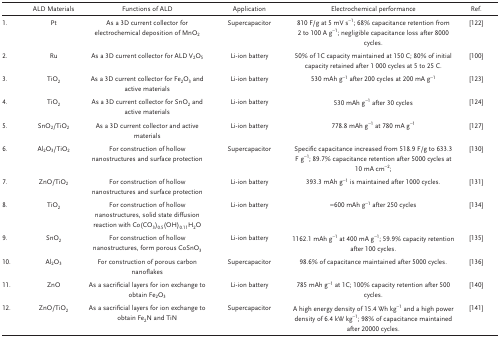
<table><thead><tr><td></td><td><b>ALD Materials</b></td><td><b>Functions of ALD</b></td><td><b>Application</b></td><td><b>Electrochemical performance</b></td><td><b>Ref.</b></td></tr></thead><tbody><tr><td>1.</td><td>Pt</td><td>As a 3D current collector for electrochemical deposition of MnO<sub>2</sub></td><td>Supercapacitor</td><td>810 F/g at 5 mV s<sup>−1</sup>; 68% capacitance retention from 2 to 100 A g<sup>−1</sup>; negligible capacitance loss after 8000 cycles.</td><td>122</td></tr><tr><td>2.</td><td>Ru</td><td>As a 3D current collector for ALD V<sub>2</sub>O<sub>5</sub></td><td>Li‐ion battery</td><td>50% of 1C capacity maintained at 150 C; 80% of initial capacity retained after 1 000 cycles at 5 to 25 C.</td><td>100</td></tr><tr><td>3.</td><td>TiO<sub>2</sub></td><td>As a 3D current collector for Fe<sub>2</sub>O<sub>3</sub> and active materials</td><td>Li‐ion battery</td><td>530 mAh g<sup>−1</sup> after 200 cycles at 200 mA g<sup>−1</sup></td><td>123</td></tr><tr><td>4.</td><td>TiO<sub>2</sub></td><td>As a 3D current collector for SnO<sub>2</sub> and active materials</td><td>Li‐ion battery</td><td>530 mAh g<sup>−1</sup> after 30 cycles</td><td>124</td></tr><tr><td>5.</td><td>SnO<sub>2</sub>/TiO<sub>2</sub></td><td>As a 3D current collector and active materials</td><td>Li‐ion battery</td><td>778.8 mAh g<sup>−1</sup> at 780 mA g<sup>−1</sup></td><td>127</td></tr><tr><td>6.</td><td>Al<sub>2</sub>O<sub>3</sub>/TiO<sub>2</sub></td><td>For construction of hollow nanostructures and surface protection</td><td>Supercapacitor</td><td>Specific capacitance increased from 518.9 F/g to 633.3 F g<sup>−1</sup>; 89.7% capacitance retention after 5000 cycles at 10 mA cm<sup>−2</sup>;</td><td>130</td></tr><tr><td>7.</td><td>ZnO/TiO<sub>2</sub></td><td>For construction of hollow nanostructures and surface protection</td><td>Li‐ion battery</td><td>393.3 mAh g<sup>−1</sup> is maintained after 1000 cycles.</td><td>131</td></tr><tr><td>8.</td><td>TiO<sub>2</sub></td><td>For construction of hollow nanostructures, solid state diffusion reaction with Co(CO<sub>3</sub>)<sub>0.5</sub>(OH)<sub>0.11</sub>H<sub>2</sub>O</td><td>Li‐ion battery</td><td>≈600 mAh g<sup>−1</sup> after 250 cycles</td><td>134</td></tr><tr><td>9.</td><td>SnO<sub>2</sub></td><td>For construction of hollow nanostructures, form porous CoSnO<sub>3</sub></td><td>Li‐ion battery</td><td>1162.1 mAh g<sup>−1</sup> at 400 mA g<sup>−1</sup>; 59.9% capacity retention after 100 cycles.</td><td>135</td></tr><tr><td>10.</td><td>Al<sub>2</sub>O<sub>3</sub></td><td>For construction of porous carbon nanoflakes</td><td>Supercapacitor</td><td>98.6% of capacitance maintained after 5000 cycles.</td><td>136</td></tr><tr><td>11.</td><td>ZnO</td><td>As a sacrificial layers for ion exchange to obtain Fe<sub>2</sub>O<sub>3</sub></td><td>Li‐ion battery</td><td>785 mAh g<sup>−1</sup> at 1C; 100% capacity retention after 500 cycles.</td><td>140</td></tr><tr><td>12.</td><td>ZnO/TiO<sub>2</sub></td><td>As a sacrificial layers for ion exchange to obtain Fe<sub>2</sub>N and TiN</td><td>Supercapacitor</td><td>A high energy density of 15.4 Wh kg<sup>−1</sup> and a high power density of 6.4 kW kg<sup>−1</sup>; 98% of capacitance maintained after 20000 cycles.</td><td>141</td></tr></tbody></table>